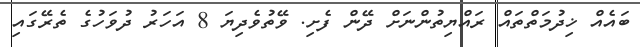
ބައެއް ޚިދުމަތްތައް ރައްޔިތުންނަށް ދޭން ފެށި. ވޭތުވެދިޔަ 8 އަހަރު ދުވަހުގެ ތެރޭގައި